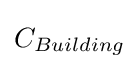
C_{Building}\,\!